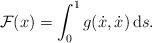
LaTeX: \begin{align*}\mathcal F(x)=\int_0^1g(\dot x, \dot x)\,\mathrm ds.\end{align*}